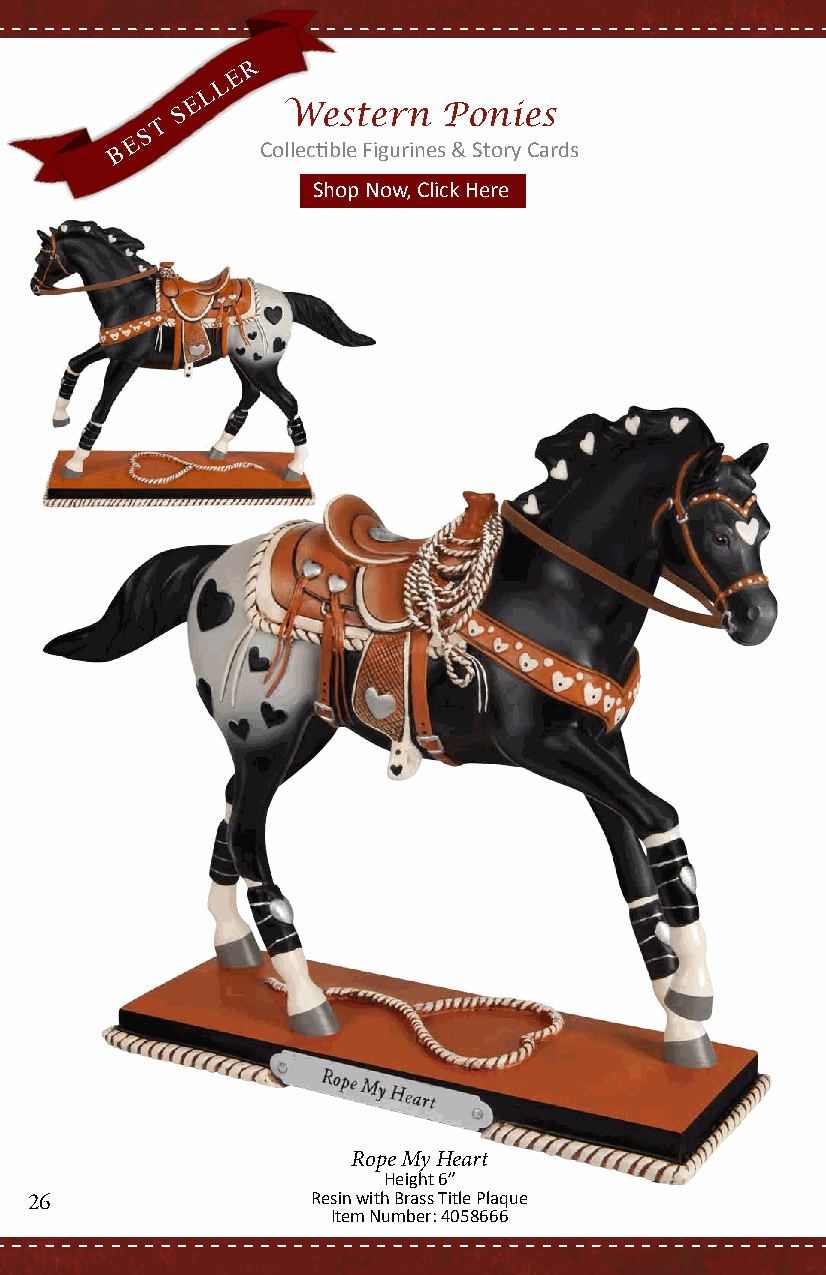
R
 E
 L
 L
 E
 S      Western   Ponies
 T
 S
 B E      Collectible Figurines & Story Cards
 Shop Now, Click Here
 Rope My Heart
 Height 6”
 26                 Resin with Brass Title Plaque
 Item Number: 4058666